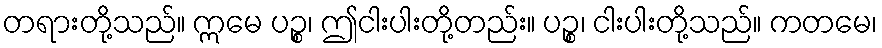
တရားတို့သည်။ ဣမေ ပဉ္စ၊ ဤငါးပါးတို့တည်း။ ပဉ္စ၊ ငါးပါးတို့သည်။ ကတမေ၊